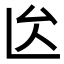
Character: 𠫙